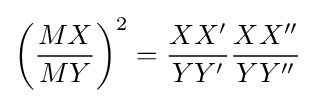
\left({MX \over MY}\right)^{2}={XX' \over YY'}{XX'' \over YY''}